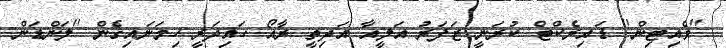
''ވެއިޓިން'' ޑައިރެކްޓް ކުރަނީ ޒަފަރު އަލީއާ އަދިތީ ރާއޯ ހައިދަރީ ހިމަނައިގެން ''ލަންޑަން